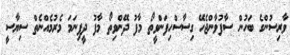
ވާރިސުންގެ ބަހުން ސާފުވާންޖެހޭ ގިސާސްހިފަންވީތޯ މާފު ދޭންވިތޯ މާފު ދީފިނަމަ މެރުމެެއްނެތް ސިޔާސީ